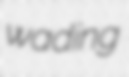
wading